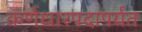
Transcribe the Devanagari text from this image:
कर्णधारपदापर्यंत